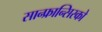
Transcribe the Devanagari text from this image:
सान्फ्रान्सिस्को